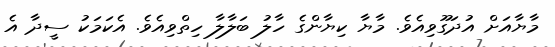
މާޔާއަށް އުދަގޫވިއެވެ. މާޔާ ކިޔާންގެ ހާލު ބަލާލާ ހިތްވިއެވެ. އެކަމަކު ސީދާ އެ